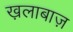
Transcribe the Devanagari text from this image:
ख़लाबाज़